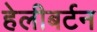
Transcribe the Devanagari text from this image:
हेलीबर्टन